Indian journal of veterinary science and animal husbandry - Volumes 28-29, 1958-1959
Year: 1958
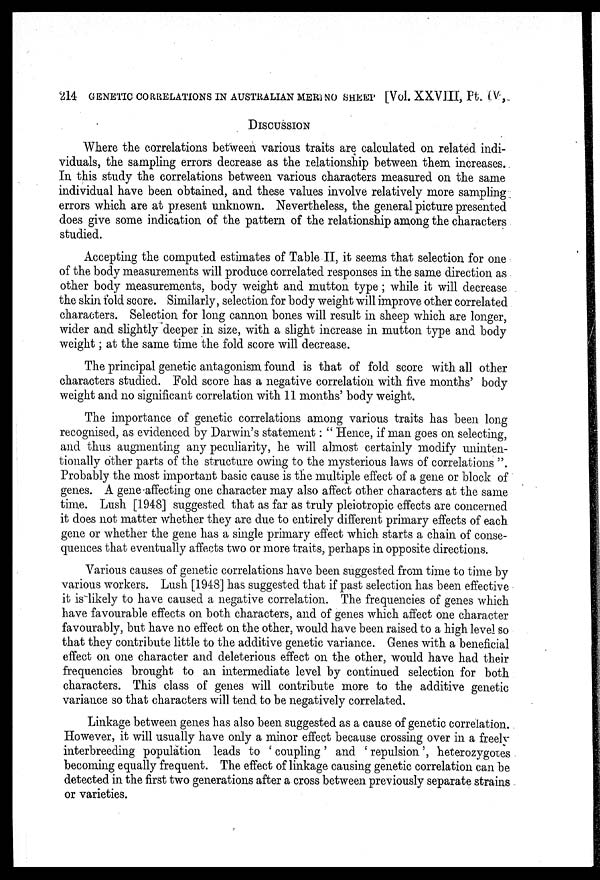
214 GENETIC CORRELATIONS IN AUSTRALIAN MERINO SHEEP [Vol. XXVIII, Pt. IV,
DISCUSSION
Where the correlations between various traits are calculated on related indi-
viduals, the sampling errors decrease as the relationship between them increases.
In this study the correlations between various characters measured on the same
individual have been obtained, and these values involve relatively more sampling
errors which are at present unknown. Nevertheless, the general picture presented
does give some indication of the pattern of the relationship among the characters
studied.
Accepting the computed estimates of Table II, it seems that selection for one
of the body measurements will produce correlated responses in the same direction as
other body measurements, body weight and mutton type; while it will decrease
the skin fold score. Similarly, selection for body weight will improve other correlated
characters. Selection for long cannon bones will result in sheep which are longer,
wider and slightly deeper in size, with a slight increase in mutton type and body
weight; at the same time the fold score will decrease.
The principal genetic antagonism found is that of fold score with all other
characters studied. Fold score has a negative correlation with five months' body
weight and no significant correlation with 11 months' body weight.
The importance of genetic correlations among various traits has been long
recognised, as evidenced by Darwin's statement: "Hence, if man goes on selecting,
and thus augmenting any peculiarity, he will almost certainly modify uninten-
tionally other parts of the structure owing to the mysterious laws of correlations".
Probably the most important basic cause is the multiple effect of a gene or block of
genes. A gene affecting one character may also affect other characters at the same
time. Lush [1948] suggested that as far as truly pleiotropic effects are concerned
it does not matter whether they are due to entirely different primary effects of each
gene or whether the gene has a single primary effect which starts a chain of conse-
quences that eventually affects two or more traits, perhaps in opposite directions.
Various causes of genetic correlations have been suggested from time to time by
various workers. Lush [1948] has suggested that if past selection has been effective
it is likely to have caused a negative correlation. The frequencies of genes which
have favourable effects on both characters, and of genes which affect one character
favourably, but have no effect on the other, would have been raised to a high level so
that they contribute little to the additive genetic variance. Genes with a beneficial
effect on one character and deleterious effect on the other, would have had their
frequencies brought to an intermediate level by continued selection for both
characters. This class of genes will contribute more to the additive genetic
variance so that characters will tend to be negatively correlated.
Linkage between genes has also been suggested as a cause of genetic correlation.
However, it will usually have only a minor effect because crossing over in a freely
interbreeding population leads to 'coupling' and 'repulsion', heterozygotes
becoming equally frequent. The effect of linkage causing genetic correlation can be
detected in the first two generations after a cross between previously separate strains
or varieties.